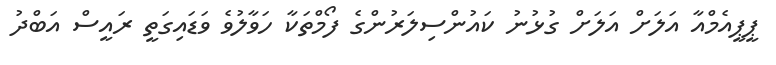
ޕީޕީއެމްއާ އަލަށް އަލަށް ގުޅުނު ކައުންސިލަރުންގެ ފޯމްތަކާ ހަވާލުވެ ވަޑައިގަތީ ރައީސް އަބްދު